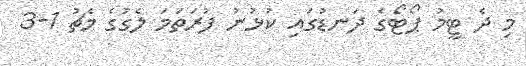
މި ދެ ޓީމު ޕޯޓޯގެ ދަނޑުގައި ކުޅުނު ފުރަތަމަ ލެގުގެ މެޗު 1-3